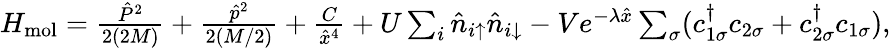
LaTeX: \begin{array}{r}{H_{\mathrm{mol}}=\frac{\hat{P}^{2}}{2(2M)}+\frac{\hat{p}^{2}}{2(M/2)}+\frac{C}{\hat{x}^{4}}+U\sum_{i}\hat{n}_{i\uparrow}\hat{n}_{i\downarrow}-Ve^{-\lambda\hat{x}}\sum_{\sigma}(c_{1\sigma}^{\dagger}c_{2\sigma}+c_{2\sigma}^{\dagger}c_{1\sigma}),}\end{array}